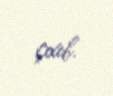
çıxıb.